Punjab Mental Hospital Lahore 1932-46 - 1932-1946
Year: 1932
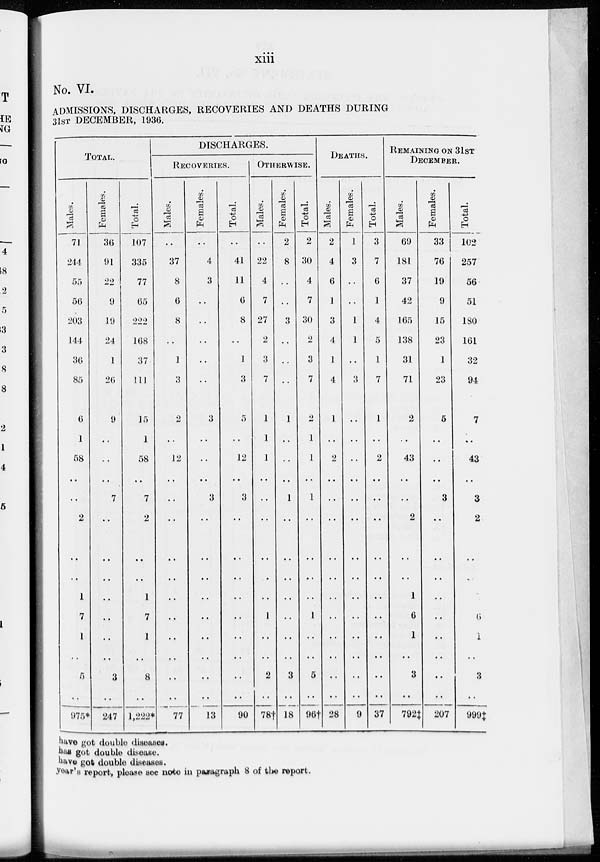
xiii
No. VI.
ADMISSIONS, DISCHARGES, RECOVERIES AND DEATHS DURING
31ST DECEMBER, 1936.
TOTAL.
Males.
71
244
55
56
203
144
36
85
6
1
58
..
..
2
..
..
1
7
1
..
5
..
975*
Females.
36
91
22
9
19
24
1
26
9
..
..
..
7
..
..
..
..
..
..
..
3
..
247
Total.
107
335
77
65
222
168
37
111
15
1
58
..
7
2
..
..
1
7
1
..
8
..
1,222*
DISCHARGES.
RECOVERIES.
Males.
..
37
8
6
8
..
1
3
2
..
12
..
..
..
..
..
..
..
..
..
..
77
Females.
..
4
3
..
..
..
..
..
3
..
..
..
3
..
..
..
..
..
..
..
..
..
13
Total.
..
41
11
6
8
..
1
3
5
..
12
..
3
..
..
..
..
..
..
..
..
..
90
OTHERWISE.
Males.
..
22
4
7
27
2
3
7
1
1
1
..
..
..
..
..
..
1
..
..
2
..
78†
Females.
2
8
..
..
3
..
..
..
1
..
..
..
1
..
..
..
..
..
..
..
3
..
18
Total.
2
30
4
7
30
..
3
7
2
1
1
..
1
..
..
..
..
1
..
..
5
..
96†
DEATHS.
Males.
2
4
6
1
3
4
1
4
1
..
2
..
..
..
..
..
..
..
..
..
..
..
28
Females.
1
3
..
..
1
1
..
3
..
..
..
..
..
..
..
..
..
..
..
..
..
..
9
Total.
3
7
6
1
4
5
1
7
1
..
2
..
..
..
..
..
..
..
..
..
..
..
37
REMAINING ON 31ST
DECEMBER.
Males.
69
181
37
42
165
138
31
71
2
..
43
..
..
2
..
..
1
6
1
..
3
..
792‡
Females.
33
76
19
9
15
23
1
23
5
..
..
..
3
..
..
..
..
..
..
..
..
..
207
Total.
102
257
56
51
180
161
32
94
7
..
43
..
3
2
..
..
..
6
1
..
3
..
999‡
have got double diseases.
has got double disease.
have got double diseases.
year's report, please see note in paragraph 8 of the report.